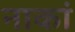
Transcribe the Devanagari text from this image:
नाकां